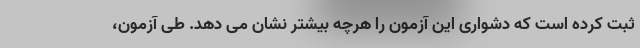
ثبت کرده است که دشواری این آزمون را هرچه بیشتر نشان می دهد. طی آزمون،